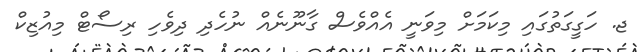
ޖ. ހަގީގަތުގައި މިކަމަށް މިވަނީ އެއްވެސް ގާނޫނެއް ނުހެދި ދިވެހި ރިސޯޓް މިއުޒިކް